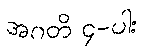
အဂတိ ၄-ပါး